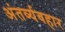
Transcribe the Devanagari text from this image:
अंतर्व्यवहार